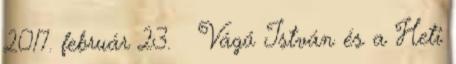
2017. február 23. ↑ Vágó István és a Heti